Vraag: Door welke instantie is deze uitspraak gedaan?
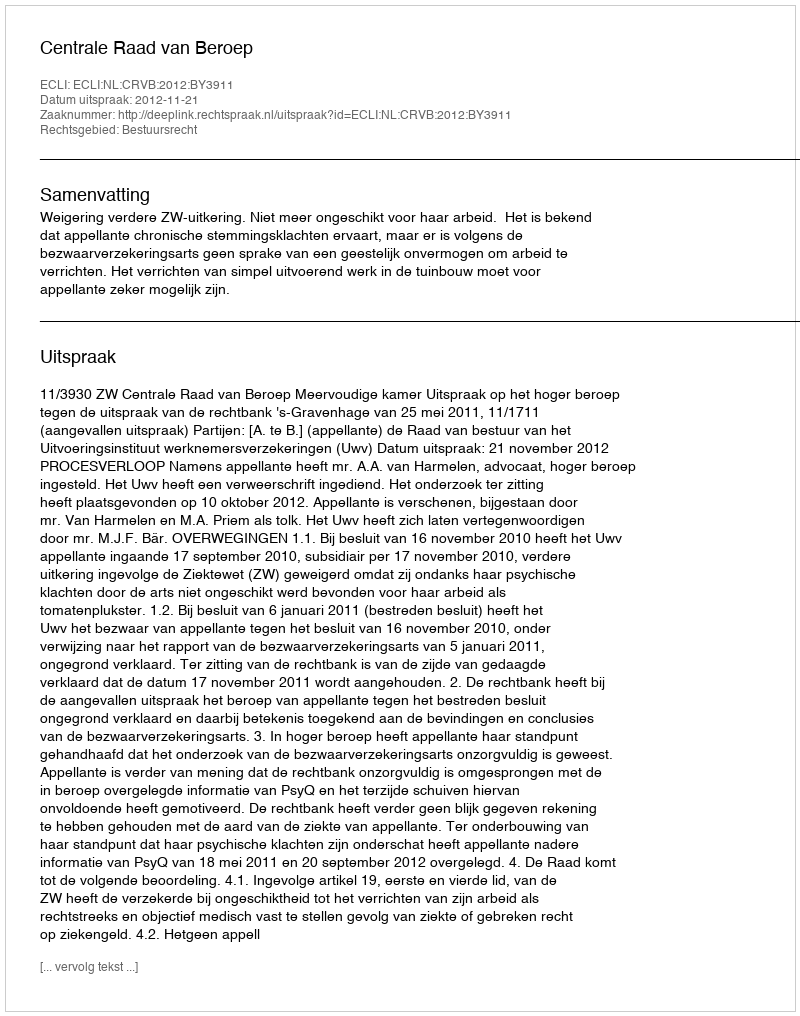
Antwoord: Centrale Raad van Beroep